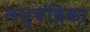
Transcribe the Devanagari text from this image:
लधुचंद्रिका